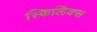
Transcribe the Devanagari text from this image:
स्किलिक्स